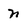
Character: n